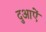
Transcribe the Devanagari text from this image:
दुआऐं